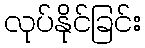
လုပ်နိုင်ခြင်း